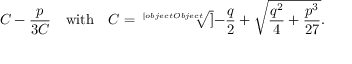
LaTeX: C - { \frac { p } { 3 C } } \quad { \mathrm { w i t h } } \quad C = { \sqrt [ [object Object] ] { - { \frac { q } { 2 } } + { \sqrt { { \frac { q ^ { 2 } } { 4 } } + { \frac { p ^ { 3 } } { 2 7 } } } } } } .